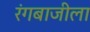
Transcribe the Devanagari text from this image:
रंगबाजीला